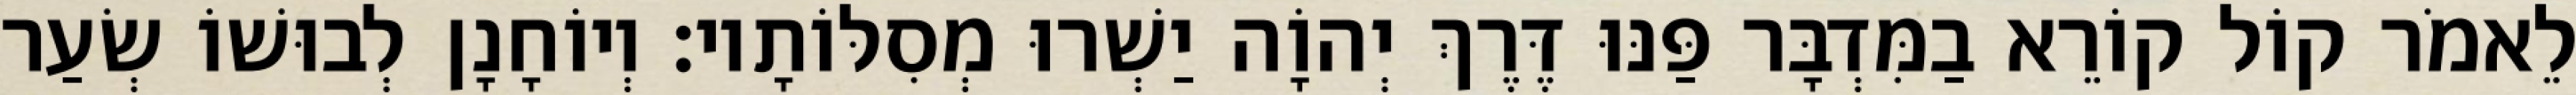
לֵאמֹר קוֹל קוֹרֵא בַמִּדְבָּר פַּנּוּ דֶּרֶךְ יְהוָֹה יַשְׁרוּ מְסִלּוֹתָיו׃ וְיוֹחָנָן לְבוּשׁוֹ שְׂעַר